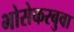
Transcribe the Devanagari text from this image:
भोसेकरबुवा